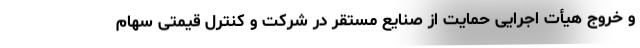
و خروج هیأت اجرایی حمایت از صنایع مستقر در شرکت و کنترل قیمتی سهام